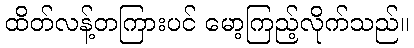
ထိတ်လန့်တကြားပင် မော့ကြည့်လိုက်သည်။